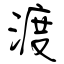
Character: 渡